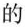
的